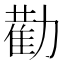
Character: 𭄿